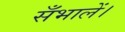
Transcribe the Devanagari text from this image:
सँभालें।